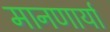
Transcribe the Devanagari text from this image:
मानणार्या